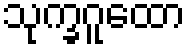
သုက္ခဂူထော